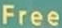
Free